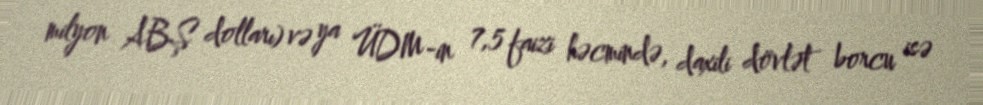
milyon ABŞ dolları) və ya ÜDM-in 7,5 faizi həcmində, daxili dövlət borcu isə